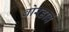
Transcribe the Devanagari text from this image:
बोरडावं